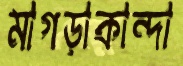
মাগড়াকান্দা